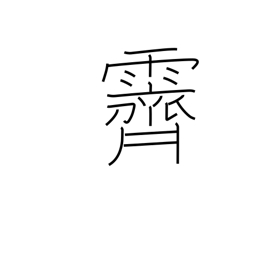
Meaning: clear up